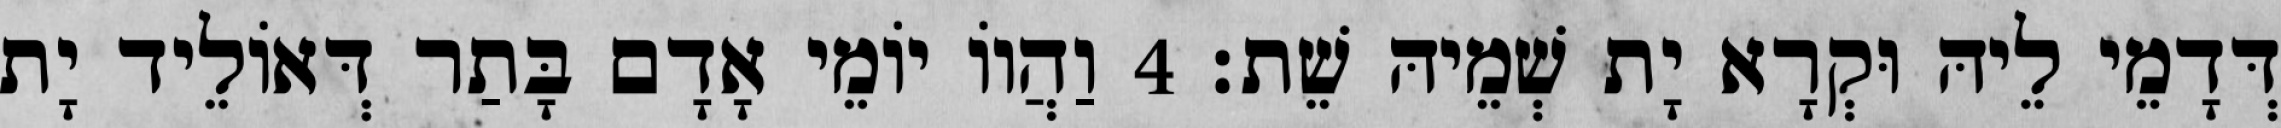
דְּדָמֵי לֵיהּ וּקְרָא יָת שְׁמֵיהּ שֵׁת׃ 4 וַהֲווֹ יוֹמֵי אָדָם בָּתַר דְּאוֹלֵיד יָת